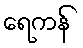
ရေကန်